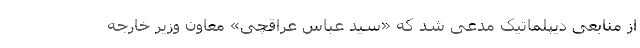
از منابعی دیپلماتیک مدعی شد که «سید عباس عراقچی» معاون وزیر خارجه